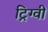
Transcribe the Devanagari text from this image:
ट्रिग्वी